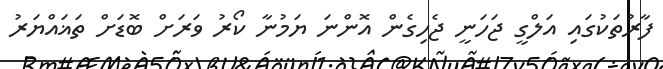
ފާރުތަކުގައި އަލްގީ ޖަހަނީ ޖެހިގެން އޮންނަ ޔަމުނާ ކޯރު ވަރަށް ބޮޑަށް ތަޣައްޔަރު